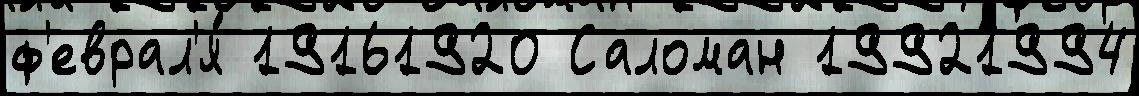
ф'еврал'я́ 19161920 Саломан 19921994